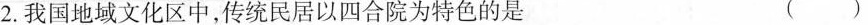
2.我国地域文化区中，传统民居以四合院为特色的是 （）